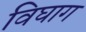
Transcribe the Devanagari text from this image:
विघाग